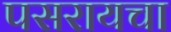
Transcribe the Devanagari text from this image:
पसरायचा